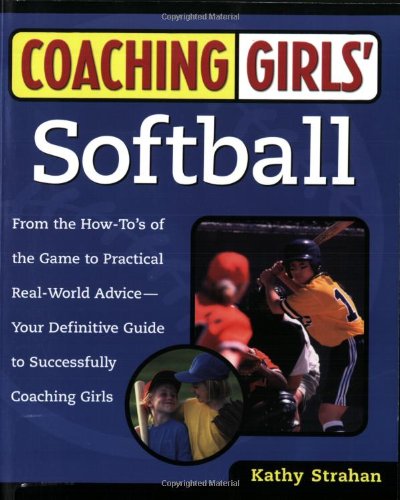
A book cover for Coaching Girls' Softball: From the How-To's of the Game to Practical Real-World Advice--Your Definitive Guide to Successfully Coaching Girls; Kathy Strahan; Sports & Outdoors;